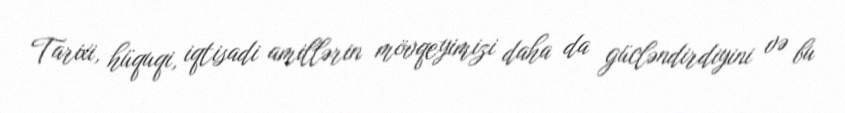
Tarixi, hüquqi, iqtisadi amillərin mövqeyimizi daha da gücləndirdiyini və bu